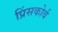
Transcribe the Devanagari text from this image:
प्रिंसकोर्व